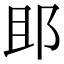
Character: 䢸